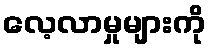
လေ့လာမှုများကို